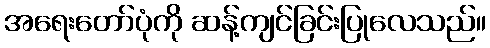
အရေးတော်ပုံကို ဆန့်ကျင်ခြင်းပြုလေသည်။